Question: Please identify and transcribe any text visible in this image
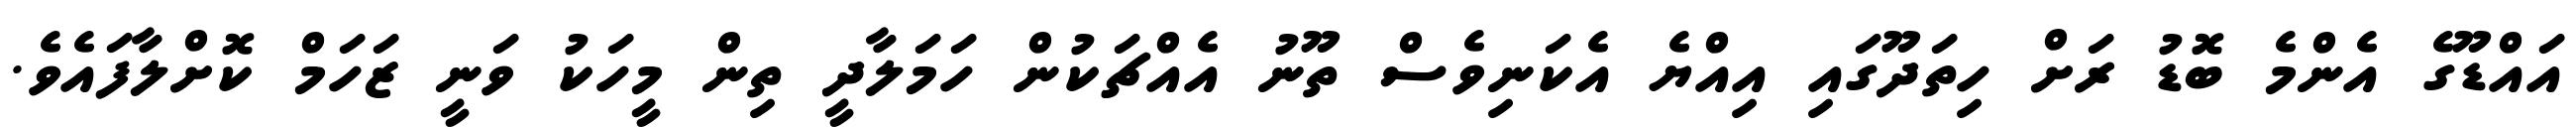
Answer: އައްޑޫގެ އެންމެ ބޮޑު ރަށް ހިތަދޫގައި އިއްޔެ އެކަނިވެސް ތޫނު އެއްޗަކުން ހަމަލާދީ ތިން މީހަކު ވަނީ ޒަހަމް ކޮށްލާފައެވެ.